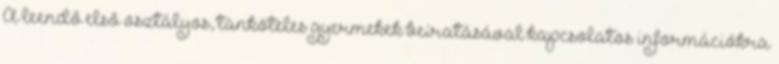
A leendő első osztályos, tanköteles gyermekek beíratásával kapcsolatos információkra